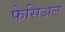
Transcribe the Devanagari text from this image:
फेसिअल